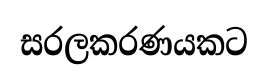
සරලකරණයකට